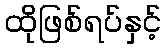
ထိုဖြစ်ရပ်နှင့်